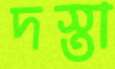
দস্তা